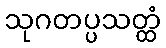
သုဂတပ္ပသတ္ထံ